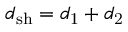
d _ { \mathrm { s h } } = d _ { \mathrm { 1 } } + d _ { \mathrm { 2 } }